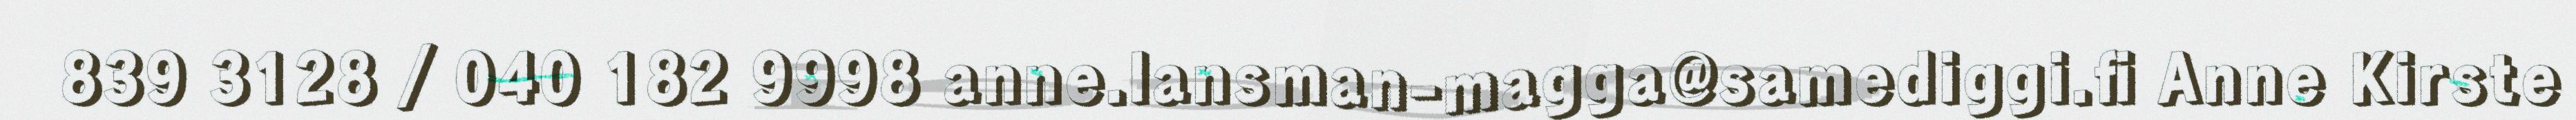
839 3128 / 040 182 9998 anne.lansman-magga@samediggi.fi Anne Kirste